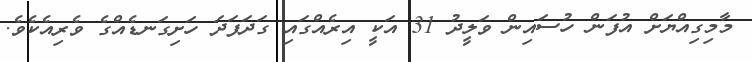
މާމިގިއްޔަށް އުފަން ހުސައިން ވަލީދު 31 އަކީ އިރެއްގައި ގަދަފަދަ ހަށިގަނޑެއްގެ ވެރިއެކެވެ.